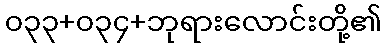
၀၃၃+၀၃၄+ဘုရားလောင်းတို့၏